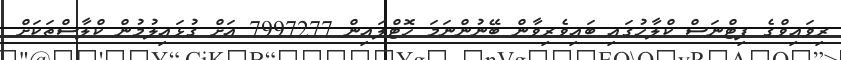
ރިވައިވްގެ ފިޓްނަސް ކްލާހުގައި ބައިވެރިވާން ބޭނުންނަމަ ހޮޓްލައިން 7997277 އަށް ގުޅައިލުމުން ކްލާސްތަކަށް